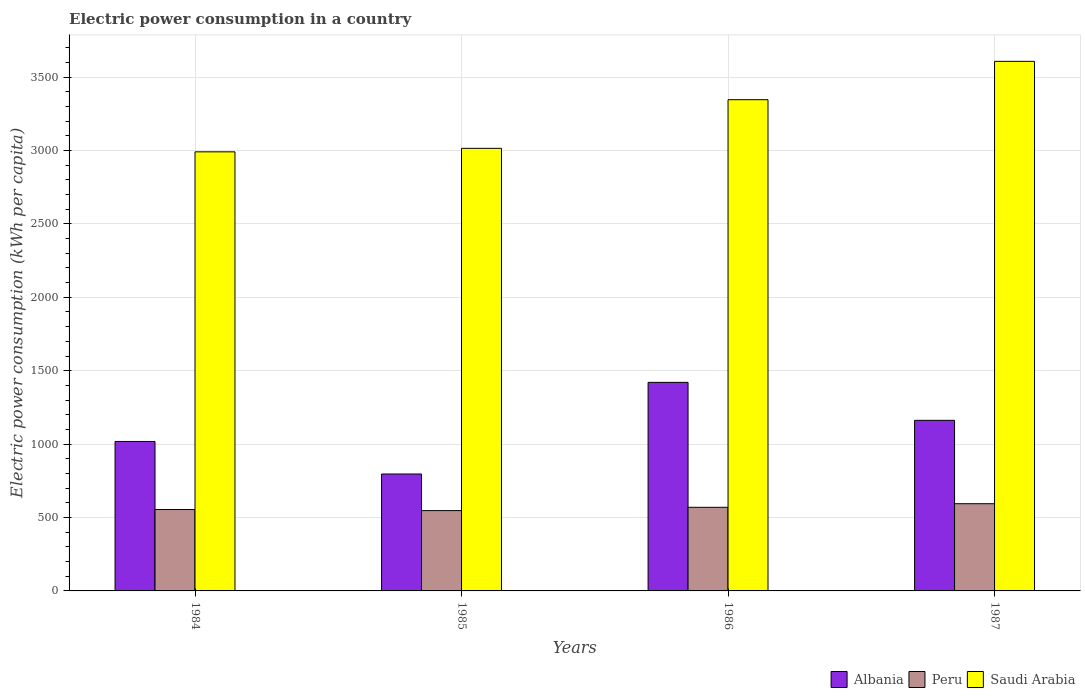
| Years | Albania | Peru | Saudi Arabia |
 | --- | --- | --- | --- |
 | 1984 | 1.02e+03 | 554 | 2.99e+03 |
 | 1985 | 796 | 547 | 3.01e+03 |
 | 1986 | 1.42e+03 | 570 | 3.35e+03 |
 | 1987 | 1.16e+03 | 594 | 3.61e+03 |